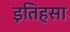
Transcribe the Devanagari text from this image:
इतिहसा